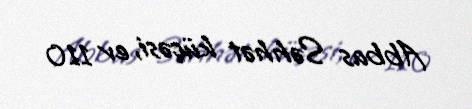
Abbas Səhhət küçəsi, ev 110